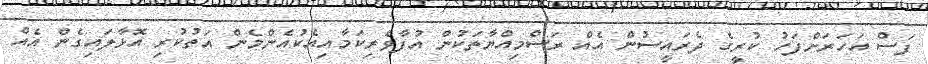
ފަސް އަހަރަށްފަހު ކުރީގެ ދެރައީސުން އެއް ރަސްމިއްޔާތަކުން އުފާވެރިކަމާއިއެކުއެންމެން އަތުކުރި އޮޅާލައިގެން އެއް